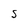
Character: S